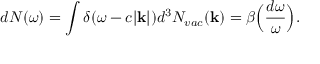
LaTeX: d N ( \omega ) = \int \delta ( \omega - c | { \bf k } | ) d ^ { 3 } N _ { v a c } ( { \bf k } ) = \beta \Big ( { \frac { d \omega } { \omega } } \Big ) .